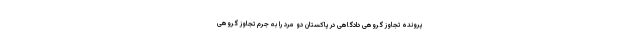
پرونده تجاوز گروهی دادگاهی در پاکستان دو مرد را به جرم تجاوز گروهی